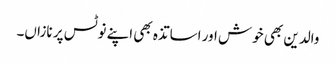
والدین بھی خوش اور اساتذہ بھی اپنے نوٹس پر نازاں۔